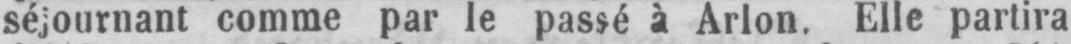
séjournant comme par le passé à Arlon. Elle partira